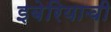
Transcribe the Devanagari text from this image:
इबेरियाची